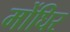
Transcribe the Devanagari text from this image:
मोंघिर